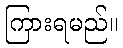
ကြားရမည်။